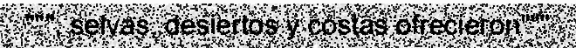
""", selvas, desiertos y costas ofrecieron"""